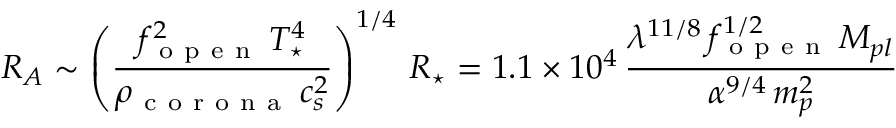
R _ { A } \sim \left( \frac { f _ { \mathrm { ~ o ~ p ~ e ~ n ~ } } ^ { 2 } \, T _ { \star } ^ { 4 } } { \rho _ { \mathrm { ~ c ~ o ~ r ~ o ~ n ~ a ~ } } \, c _ { s } ^ { 2 } } \right) ^ { 1 / 4 } \, R _ { \star } = 1 . 1 \times 1 0 ^ { 4 } \, \frac { \lambda ^ { 1 1 / 8 } \, f _ { \mathrm { ~ o ~ p ~ e ~ n ~ } } ^ { 1 / 2 } \, M _ { p l } } { \alpha ^ { 9 / 4 } \, m _ { p } ^ { 2 } }